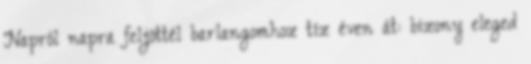
Napról napra feljöttél barlangomhoz tíz éven át: bizony eleged